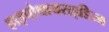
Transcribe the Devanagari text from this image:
हाइपोथायराइडिज्म